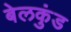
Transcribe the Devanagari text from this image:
बेलकुंड